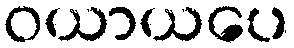
ဝယာယပေ